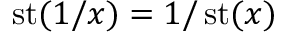
\operatorname { s t } ( 1 / x ) = 1 / \operatorname { s t } ( x )